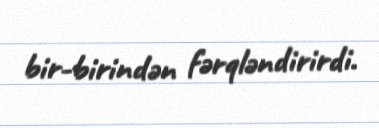
bir-birindən fərqləndirirdi.